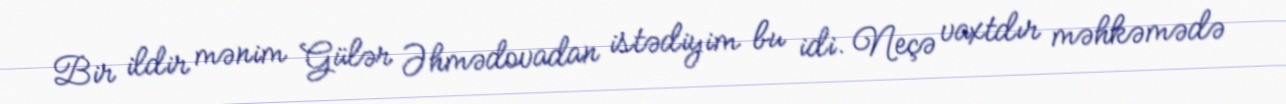
Bir ildir mənim Gülər Əhmədovadan istədiyim bu idi. Neçə vaxtdır məhkəmədə